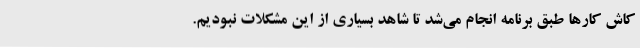
کاش کارها طبق برنامه انجام می‌شد تا شاهد بسیاری از این مشکلات نبودیم.